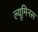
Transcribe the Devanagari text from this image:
ल्यूमिनस